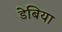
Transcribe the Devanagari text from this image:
डेबिया